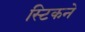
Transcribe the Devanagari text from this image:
स्टिकने